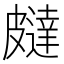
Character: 㿹